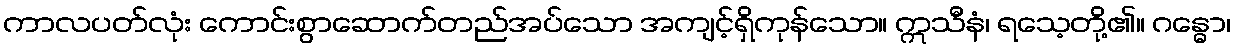
ကာလပတ်လုံး ကောင်းစွာဆောက်တည်အပ်သော အကျင့်ရှိကုန်သော။ ဣသီနံ၊ ရသေ့တို့၏။ ဂန္ဓော၊